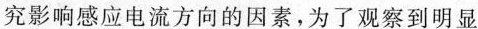
究影响感应电流方向的因素，为了观察到明显